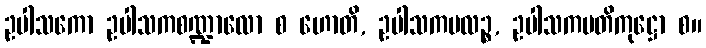
ဥပါသကော ဥပါသကစဏ္ဍာလော စ ဟောတိ, ဥပါသကမလဉ္စ, ဥပါသကပတိကုဋ္ဌော စ။